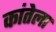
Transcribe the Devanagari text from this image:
कांतेला